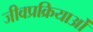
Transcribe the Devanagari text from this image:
जीवप्रक्रियाओं